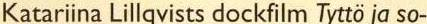
Katariina Lillgvists dockfilm Tyttö ja so-